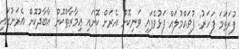
ފުރަތަމަ ފަހަރު: ފުވައްމުލައް ފަޅުވެފައި ވަނިކޮށް އެރަށް ކޮށައި ޢިމާރާތްކޮށް އާބާދުކޮށް އެރަށުގައި